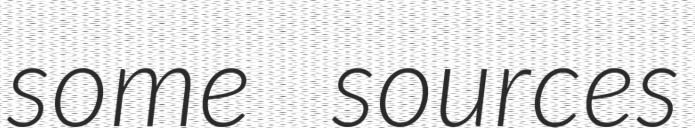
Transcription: some sources